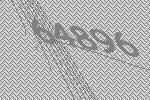
64896